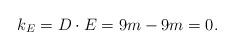
LaTeX: \begin{align*}k_E=D\cdot E=9m-9m=0.\end{align*}